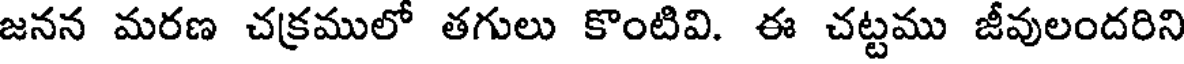
జనన మరణ చక్రములో తగులు కొంటివి. ఈ చట్టము జీవులందరిని